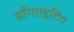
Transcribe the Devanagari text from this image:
साँगराइटिंग